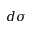
d \sigma